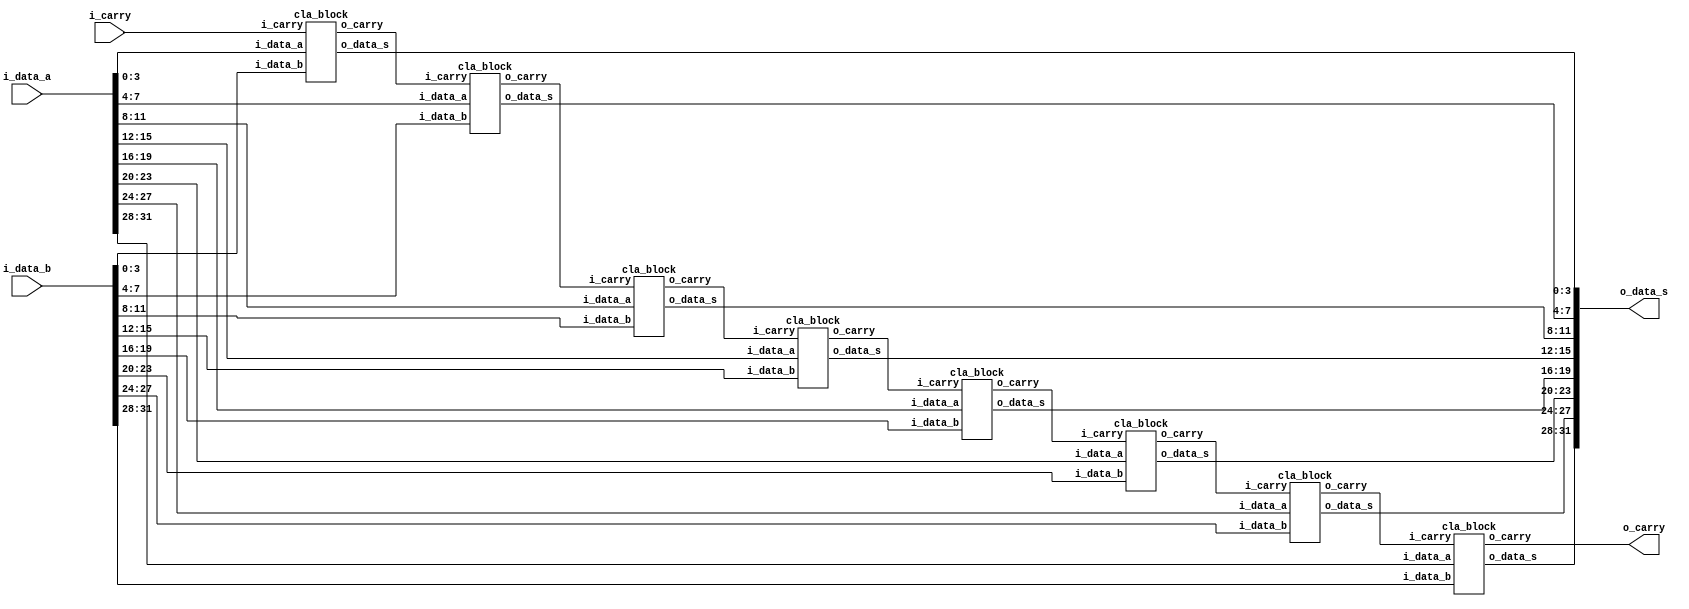
module carry_lookahead_adder
#(
	parameter	BIT		= 32
)
(
	output		[BIT-1:0]			o_data_s,
	output							o_carry,
	input		[BIT-1:0]			i_data_a,
	input		[BIT-1:0]			i_data_b,
	input							i_carry
);
	wire		[(BIT/4)-1:0]		m_data_c;

`ifdef	GENER
	genvar	g;
	generate
		for (g=0; g<BIT/4; g=g+1) begin
			if(g==0) 
				cla_block u_cla_block( m_data_c[g], o_data_s[((g+1)*4)-1:g*4], i_data_a[((g+1)*4)-1:g*4], i_data_b[((g+1)*4)-1:g*4], i_carry);	
			else
				cla_block u_cla_block( m_data_c[g], o_data_s[((g+1)*4)-1:g*4], i_data_a[((g+1)*4)-1:g*4], i_data_b[((g+1)*4)-1:g*4], m_data_c[g-1]);	
		end
	endgenerate

	assign o_carry = m_data_c[BIT-1];

`else
	cla_block u_cla_block1( m_data_c[0], o_data_s[3:0],   i_data_a[3:0],   i_data_b[3:0],   i_carry);	
	cla_block u_cla_block2( m_data_c[1], o_data_s[7:4],   i_data_a[7:4],   i_data_b[7:4],   m_data_c[0]);
	cla_block u_cla_block3( m_data_c[2], o_data_s[11:8],  i_data_a[11:8],  i_data_b[11:8],  m_data_c[1]);
	cla_block u_cla_block4( m_data_c[3], o_data_s[15:12], i_data_a[15:12], i_data_b[15:12], m_data_c[2]);
	cla_block u_cla_block5( m_data_c[4], o_data_s[19:16], i_data_a[19:16], i_data_b[19:16], m_data_c[3]);
	cla_block u_cla_block6( m_data_c[5], o_data_s[23:20], i_data_a[23:20], i_data_b[23:20], m_data_c[4]);
	cla_block u_cla_block7( m_data_c[6], o_data_s[27:24], i_data_a[27:24], i_data_b[27:24], m_data_c[5]);
	cla_block u_cla_block8( o_carry,     o_data_s[31:28], i_data_a[31:28], i_data_b[31:28], m_data_c[6]);
`endif

endmodule

module cla_block
(
	output				o_carry,
	output	[3:0]		o_data_s,
	input	[3:0]		i_data_a,
	input	[3:0]		i_data_b,
	input				i_carry
);
	wire	[2:0]		m_data_c;
	wire	[3:0]		g;
	wire	[3:0]		p;

	assign g[0]		= i_data_a[0] & i_data_b[0];
	assign g[1]		= i_data_a[1] & i_data_b[1];
	assign g[2]		= i_data_a[2] & i_data_b[2];
	assign g[3]		= i_data_a[3] & i_data_b[3];

	assign p[0]		= i_data_a[0] | i_data_b[0];
	assign p[1]		= i_data_a[1] | i_data_b[1];
	assign p[2]		= i_data_a[2] | i_data_b[2];
	assign p[3]		= i_data_a[3] | i_data_b[3];

	assign m_data_c[0]		= g[0] | (p[0] & i_carry);
	assign m_data_c[1]		= g[1] | (p[1] & m_data_c[0]);
	assign m_data_c[2]		= g[2] | (p[2] & m_data_c[1]);
	assign o_carry			= g[3] | (p[3] & m_data_c[2]);

	assign o_data_s[0]		= (i_data_a[0] ^ i_data_b[0]) ^ i_carry;
	assign o_data_s[1]		= (i_data_a[1] ^ i_data_b[1]) ^ m_data_c[0];
	assign o_data_s[2]		= (i_data_a[2] ^ i_data_b[2]) ^ m_data_c[1];
	assign o_data_s[3]		= (i_data_a[3] ^ i_data_b[3]) ^ m_data_c[2];


endmodule

module compare_adder
#(
	parameter	BIT		= 32
)
(
	output	[BIT-1:0]		o_data_s,
	output					o_carry,
	input	[BIT-1:0]		i_data_a,
	input	[BIT-1:0]		i_data_b,
	input					i_carry
);

	assign {o_carry, o_data_s} = i_data_a + i_data_b + i_carry;

endmodule